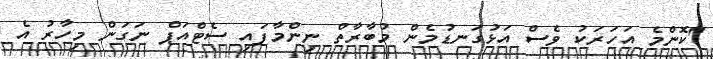
"ކޮންމެ އަހަރަކު ވެސް އަޅުގަނޑުމެން މުބާރާތް ނިންމާފައި ސެޓްއަޕް ނަގަން މިހާރު އެ